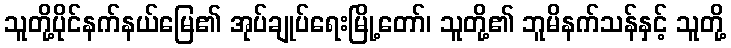
သူတို့ပိုင်နက်နယ်မြေ၏ အုပ်ချုပ်ရေးမြို့တော်၊ သူတို့၏ ဘူမိနက်သန်နှင့် သူတို့